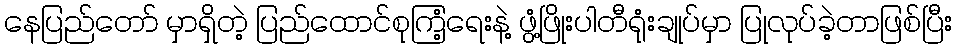
နေပြည်တော် မှာရှိတဲ့ ပြည်ထောင်စုကြံ့ရေးနဲ့ ဖွံ့ဖြိုးပါတီရုံးချုပ်မှာ ပြုလုပ်ခဲ့တာဖြစ်ပြီး